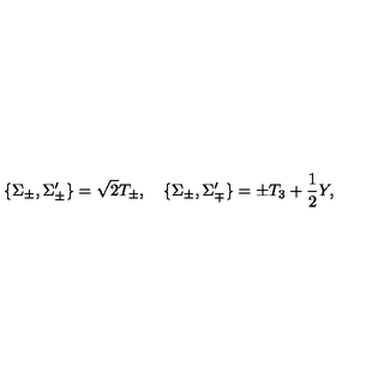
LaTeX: \{ \Sigma _ { \pm } , \Sigma _ { \pm } ^ { \prime } \} = \sqrt { 2 } T _ { \pm } , \quad \{ \Sigma _ { \pm } , \Sigma _ { \mp } ^ { \prime } \} = \pm T _ { 3 } + \frac { 1 } { 2 } Y ,